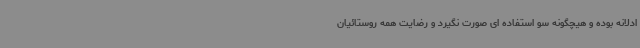
ادلانه بوده و هیچگونه سو استفاده ای صورت نگیرد و رضایت همه روستائیان